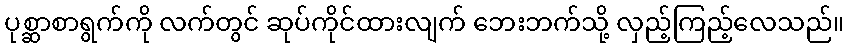
ပုစ္ဆာစာရွက်ကို လက်တွင် ဆုပ်ကိုင်ထားလျက် ဘေးဘက်သို့ လှည့်ကြည့်လေသည်။